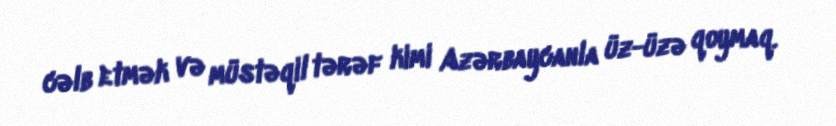
cəlb etmək və müstəqil tərəf kimi Azərbaycanla üz-üzə qoymaq.